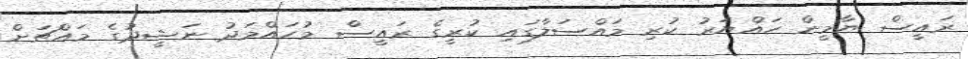
ރައީސް ޔާމީން ހައްޔަރު ކުރި މައްސަލާގައި ކުރީގެ ރައީސް މުހައްމަދު ނަޝީދުގެ މައްޗަށް